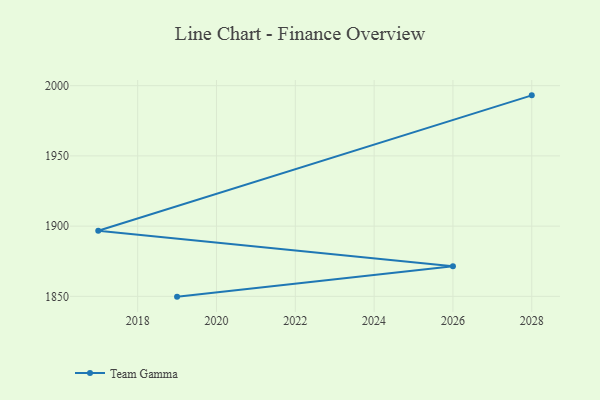
{"axis": {"x": "Year", "y": "Tickets Resolved"}, "legend": ["Team Gamma"], "data": [{"x": "2019", "y": 1849.8, "type": "Team Gamma"}, {"x": "2026", "y": 1871.5, "type": "Team Gamma"}, {"x": "2017", "y": 1896.7, "type": "Team Gamma"}, {"x": "2028", "y": 1993.1, "type": "Team Gamma"}]}